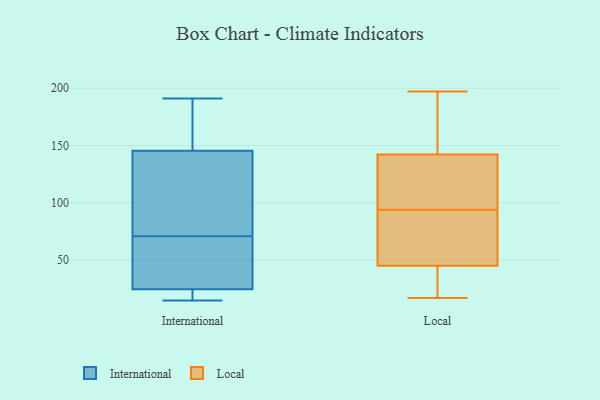
{"axis": {"x": "Population (Million)", "y": "Value"}, "legend": ["International", "Local"], "data": [{"x": "", "y": 24, "type": "International"}, {"x": "", "y": 55, "type": "International"}, {"x": "", "y": 61, "type": "International"}, {"x": "", "y": 191, "type": "International"}, {"x": "", "y": 17, "type": "International"}, {"x": "", "y": 80, "type": "International"}, {"x": "", "y": 27, "type": "International"}, {"x": "", "y": 71, "type": "International"}, {"x": "", "y": 21, "type": "International"}, {"x": "", "y": 19, "type": "International"}, {"x": "", "y": 122, "type": "International"}, {"x": "", "y": 15, "type": "International"}, {"x": "", "y": 185, "type": "International"}, {"x": "", "y": 90, "type": "International"}, {"x": "", "y": 53, "type": "International"}, {"x": "", "y": 135, "type": "International"}, {"x": "", "y": 149, "type": "International"}, {"x": "", "y": 158, "type": "International"}, {"x": "", "y": 154, "type": "International"}, {"x": "", "y": 25, "type": "Local"}, {"x": "", "y": 105, "type": "Local"}, {"x": "", "y": 187, "type": "Local"}, {"x": "", "y": 94, "type": "Local"}, {"x": "", "y": 37, "type": "Local"}, {"x": "", "y": 83, "type": "Local"}, {"x": "", "y": 132, "type": "Local"}, {"x": "", "y": 94, "type": "Local"}, {"x": "", "y": 48, "type": "Local"}, {"x": "", "y": 17, "type": "Local"}, {"x": "", "y": 197, "type": "Local"}, {"x": "", "y": 175, "type": "Local"}, {"x": "", "y": 110, "type": "Local"}, {"x": "", "y": 68, "type": "Local"}, {"x": "", "y": 34, "type": "Local"}, {"x": "", "y": 84, "type": "Local"}, {"x": "", "y": 173, "type": "Local"}]}